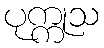
ပုက္ကုသ